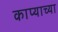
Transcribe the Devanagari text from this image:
काप्याच्या